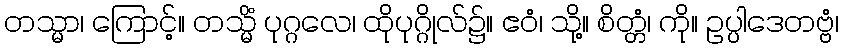
တသ္မာ၊ ကြောင့်။ တသ္မိံ ပုဂ္ဂလေ၊ ထိုပုဂ္ဂိုလ်၌။ ဧဝံ၊ သို့။ စိတ္တံ၊ ကို။ ဥပ္ပါဒေတဗ္ဗံ၊